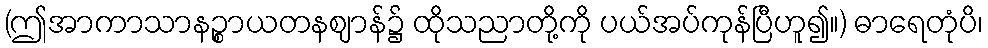
(ဤအာကာသာနဉ္စာယတနဈာန်၌ ထိုသညာတို့ကို ပယ်အပ်ကုန်ပြီဟူ၍။) ဓာရေတုံပိ၊